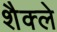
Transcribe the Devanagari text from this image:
शैक्ले